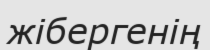
жібергенің